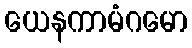
ယေနကာမံဂမော